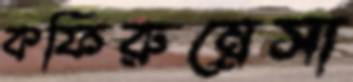
কফিরুন্নেসা